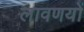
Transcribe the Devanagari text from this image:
लावणयों